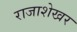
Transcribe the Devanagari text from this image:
राजाशेखर